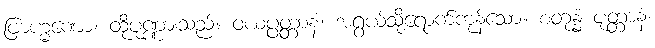
ဗြာဟ္မဏော၊ ထိုပုဏ္ဏားသည်။ ဝယပ္ပတ္တာနံ၊ အရွယ်သို့ရောက်ကုန်သော။ စတုန္နံ ပုတ္တာနံ၊